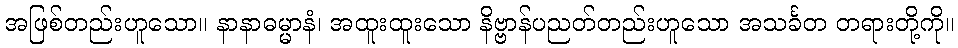
အဖြစ်တည်းဟူသော။ နာနာဓမ္မာနံ၊ အထူးထူးသော နိဗ္ဗာန်ပညတ်တည်းဟူသော အသင်္ခတ တရားတို့ကို။